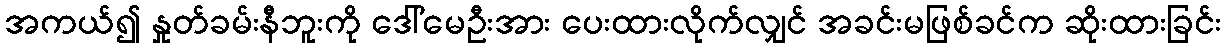
အကယ်၍ နှုတ်ခမ်းနီဘူးကို ဒေါ်မေဦးအား ပေးထားလိုက်လျှင် အခင်းမဖြစ်ခင်က ဆိုးထားခြင်း